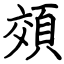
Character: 頝